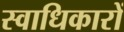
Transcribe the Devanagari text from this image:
स्वाधिकारों